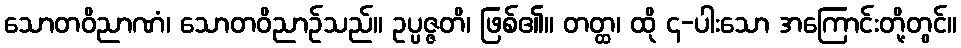
သောတဝိညာဏံ၊ သောတဝိညာဉ်သည်။ ဥပ္ပဇ္ဇတိ၊ ဖြစ်၏။ တတ္ထ၊ ထို ၄-ပါးသော အကြောင်းတို့တွင်။